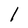
Character: l